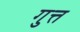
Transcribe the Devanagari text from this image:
गुत्त